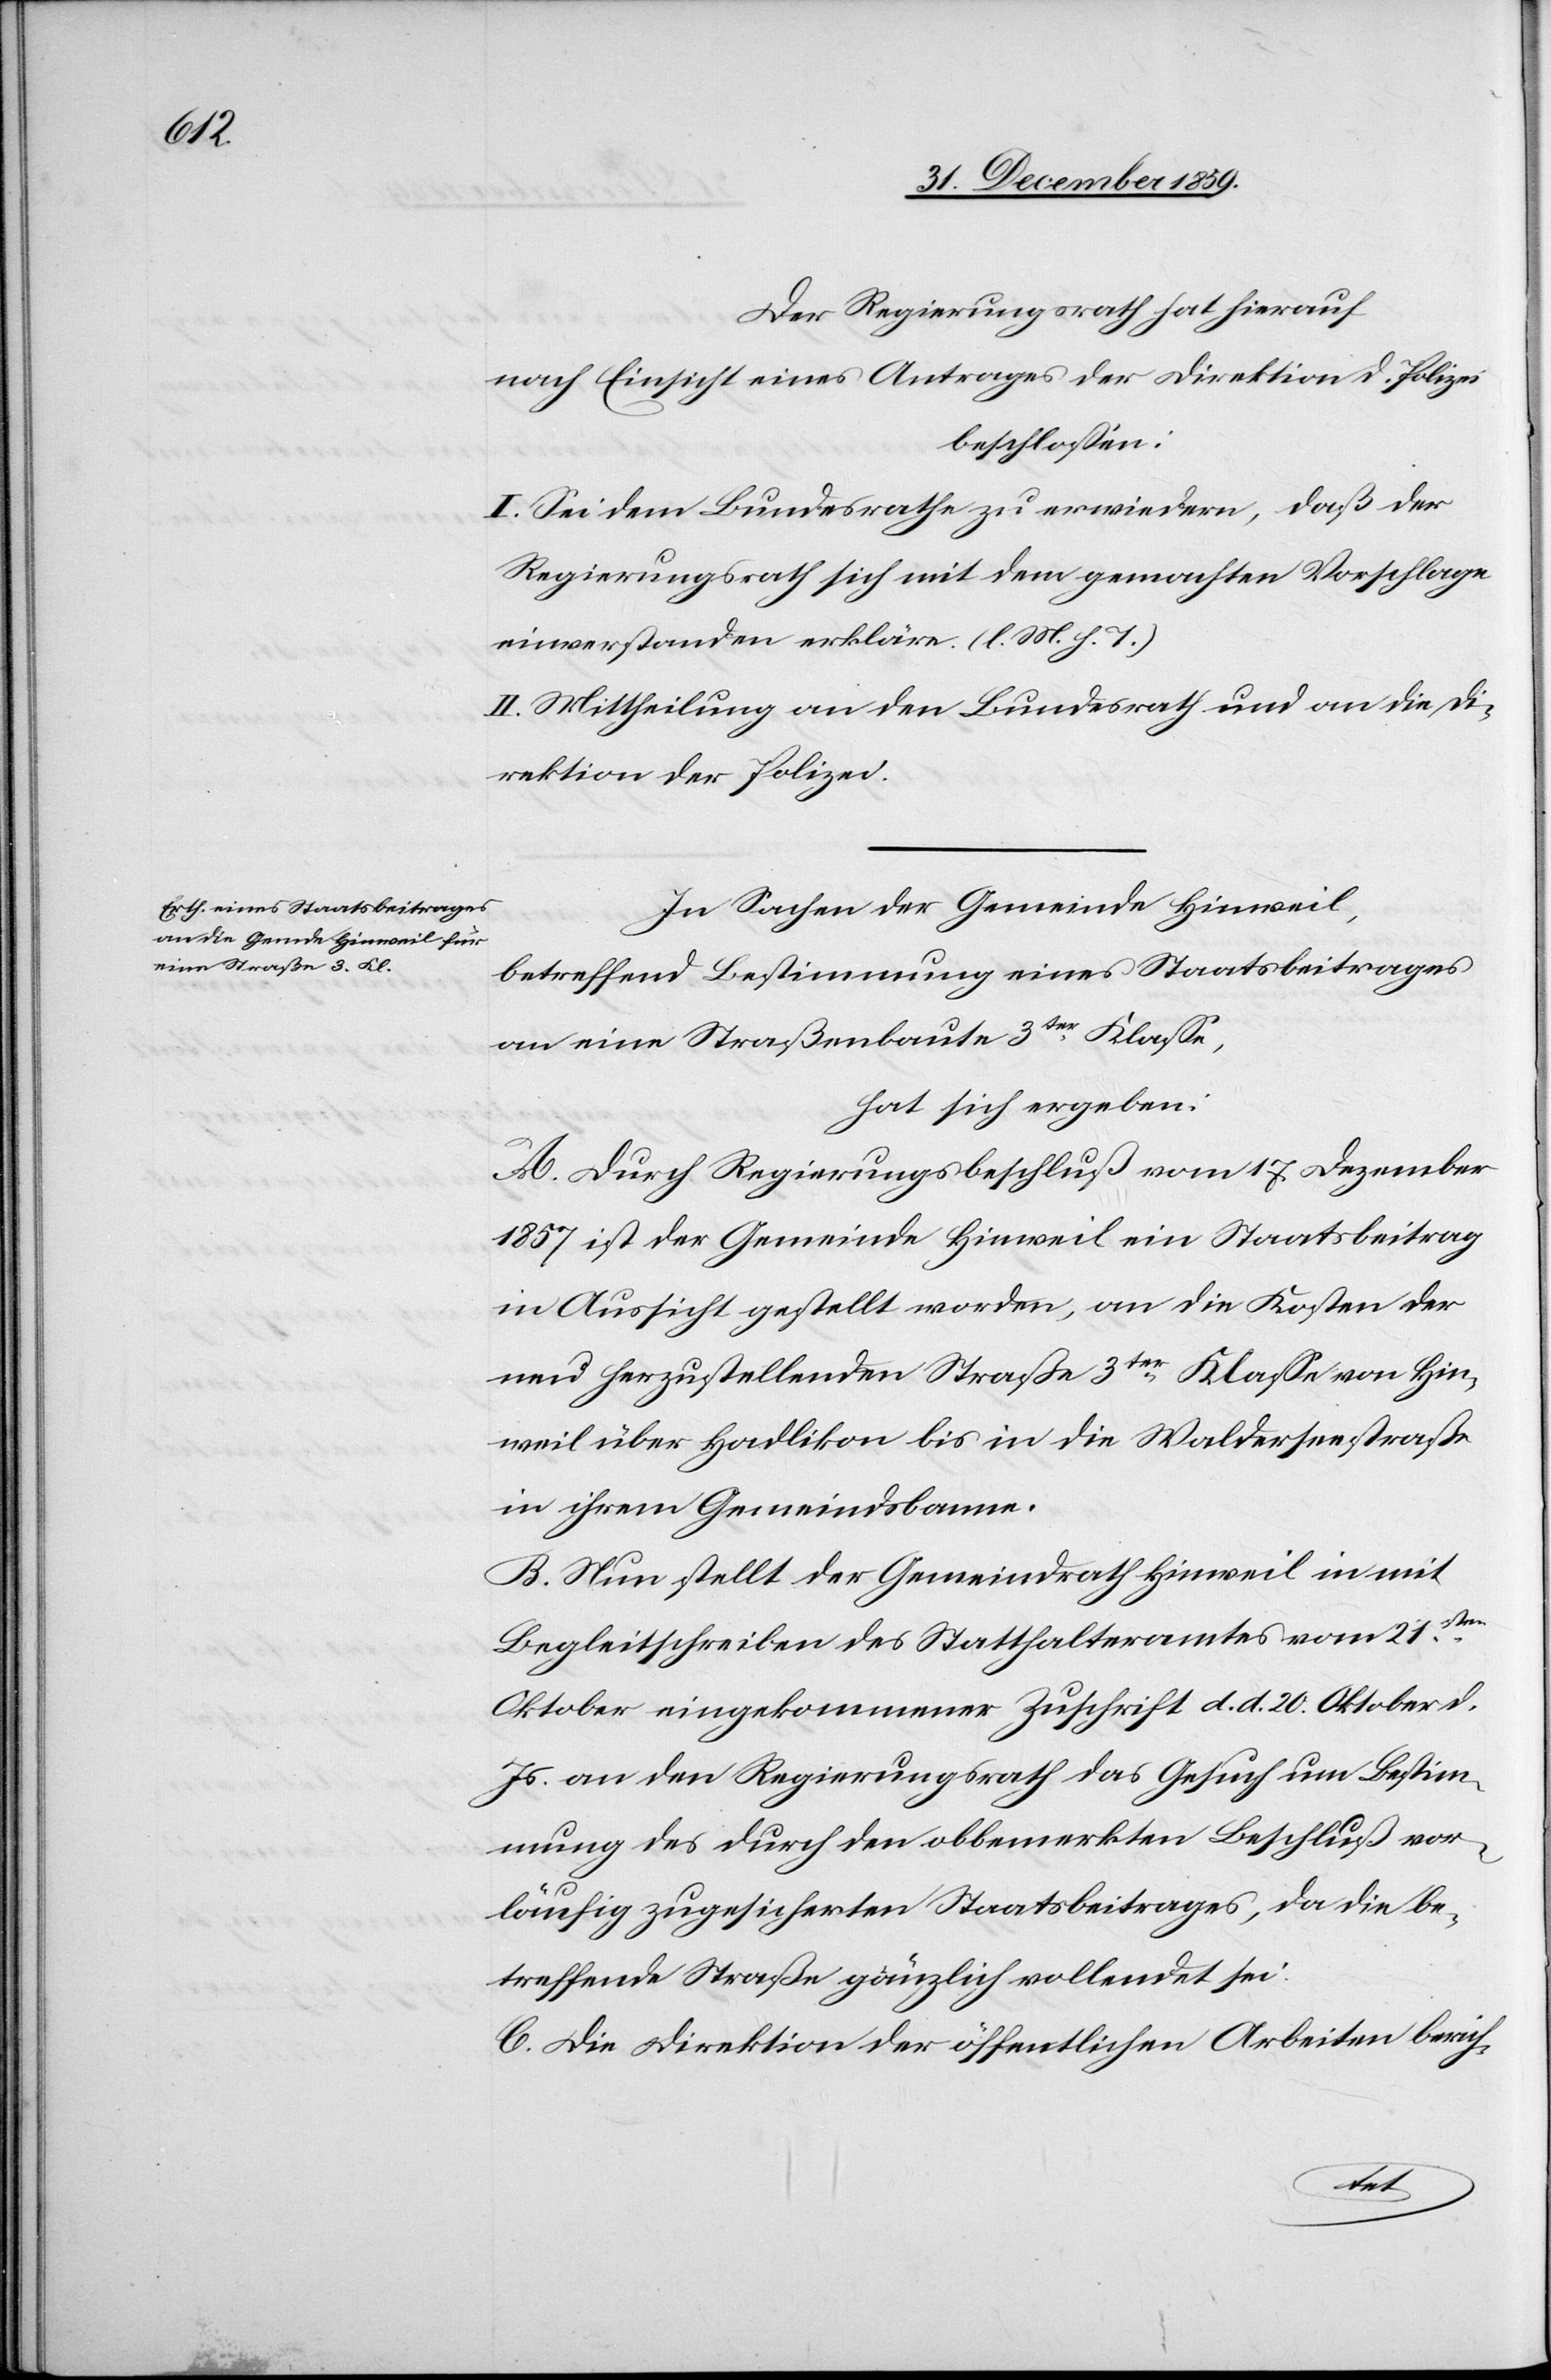
Der Regierungsrath hat hierauf
nach Einsicht eines Antrages der Direktion d. Polizei
beschlossen:
I. Sei dem Bundesrathe zu erwiedern, daß der
Regierungsrath sich mit dem gemachten Vorschlage
einverstanden erkläre. (l. M. h. T.)
II. Mittheilung an den Bundesrath und an die Di¬
rektion der Polizei.
In Sachen der Gemeinde Hinweil,
betreffend Bestimmung eines Staatsbeitrages
an eine Straßenbaute 3ter Klasse,
hat sich ergeben:
A. Durch Regierungsbeschluß vom 17. Dezember
1857 ist der Gemeinde Hinweil ein Staatsbeitrag
in Aussicht gestellt worden, an die Kosten der
neu herzustellenden Straße 3ter Klasse von Hin¬
weil über Hadlikon bis in die Walderseestraße
in ihrem Gemeindsbanne.
B. Nun stellt der Gemeindrath Hinweil in mit
ten
Begleitschreiben des Statthalteramtes vom 21s¬
Oktober eingekommener Zuschrift d. d. 20. Oktober d.
Js. an den Regierungsrath das Gesuch um Bestim¬
mung des durch den obbemerkten Beschluß vor¬
läufig zugesicherten Staatsbeitrages, da die be¬
treffende Straße gänzlich vollendet sei.
C. Die Direktion der öffentlichen Arbeiten berich-